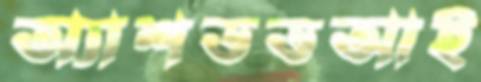
অ্যাশডডআই